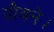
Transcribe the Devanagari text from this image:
यौवने।